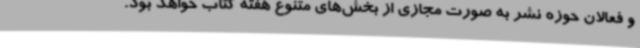
و فعالان حوزه نشر به صورت مجازی از بخش‌های متنوع هفته کتاب خواهد بود.